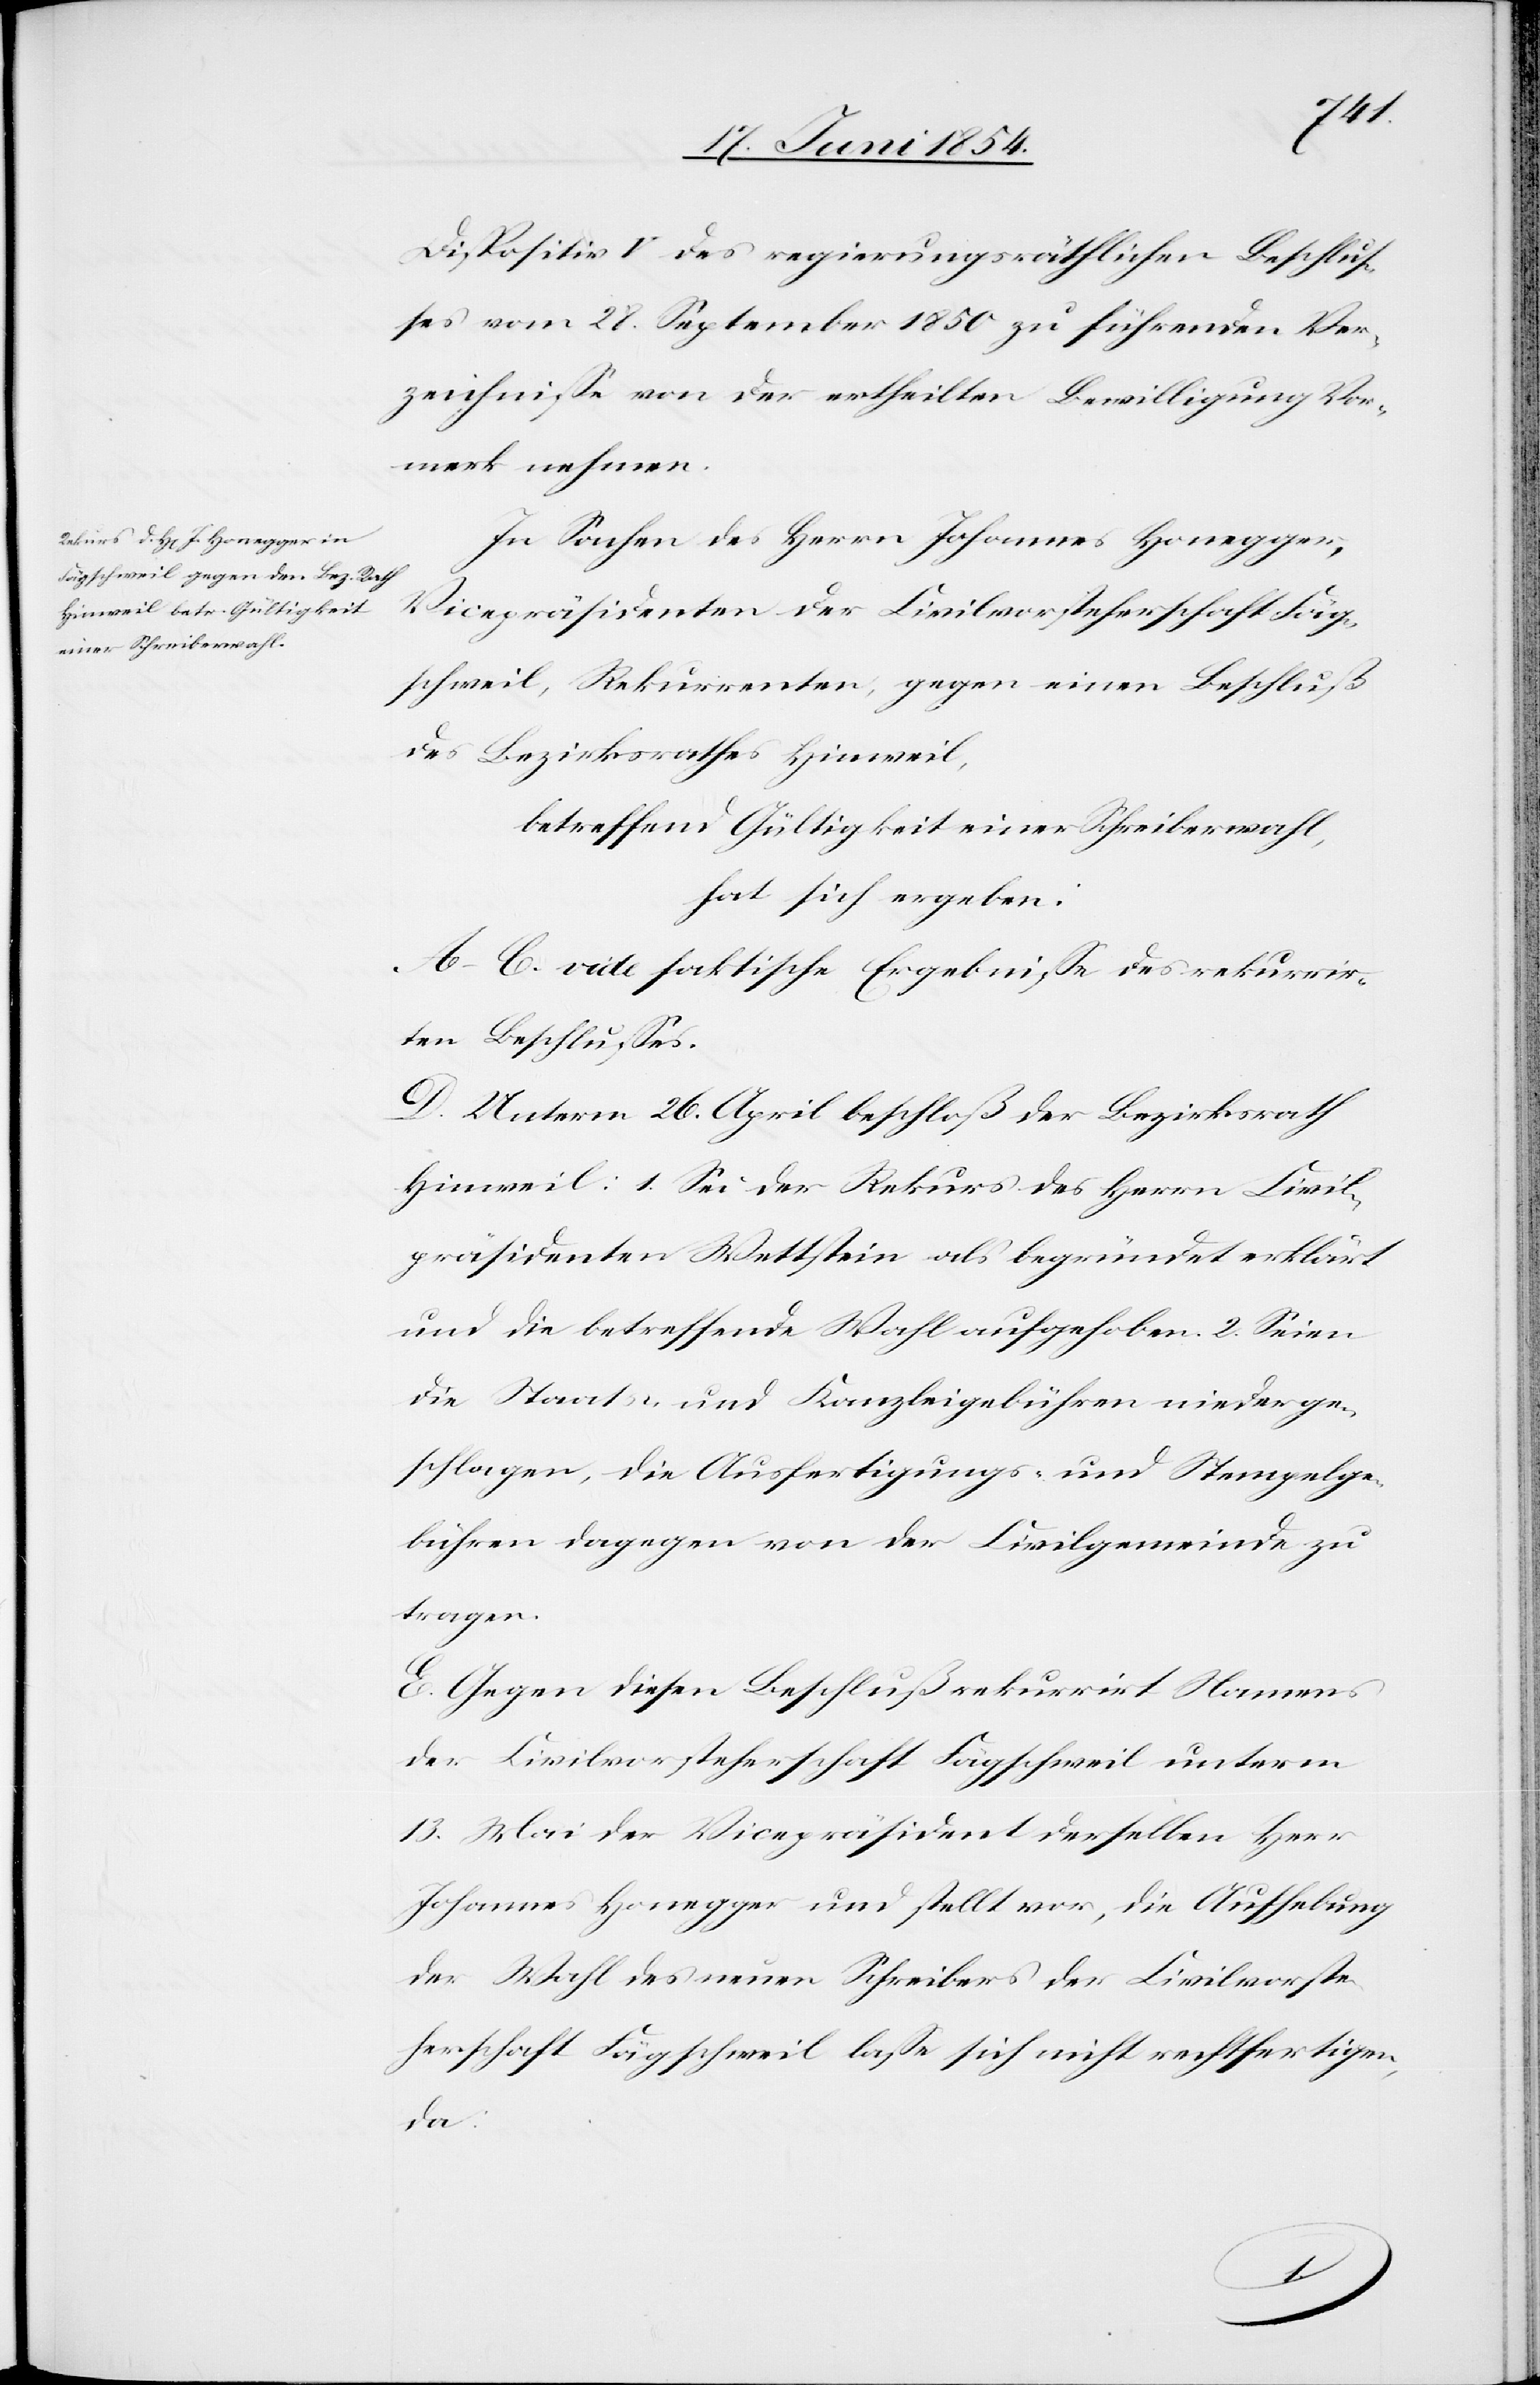
Dispositiv V des regierungsräthlichen Beschluß¬
es vom 28. September 1850 zu führenden Ver¬
zeichniße von der ertheilten Bewilligung Vor¬
merk zu nehmen.
In Sachen des Herrn Johannes Honegger,
Vicepräsidenten der Civilvorsteherschaft Fäg¬
schweil, Rekurrenten, gegen einen Beschluß
des Bezirksrathes Hinweil,
betreffend Gültigkeit einer Schreiberwahl,
hat sich ergeben:
A–C. vide faktische Ergebniße des rekurrir¬
ten Beschlußes.
D. Unterm 26. April beschloß der Bezirksrath
Hinweil: 1. Sei der Rekurs des Herrn Civil¬
präsidenten Wettstein als begründet erklärt
und die betreffende Wahl aufgehoben. 2. Seien
die Staats- und Kanzleigebühren niederge¬
schlagen, die Ausfertigungs- und Stempelge¬
bühren dagegen von der Civilgemeinde zu
tragen.
E. Gegen diesen Beschluß rekurrirt Namens
der Civilvorsteherschaft Fägschweil unterm
13. Mai der Vicepräsident derselben Herr
Johannes Honegger und stellt vor, die Aufhebung
der Wahl des neuen Schreibers der Civilvorsteh¬
erschaft Fägschweil laße sich nicht rechtfertigen,
da: